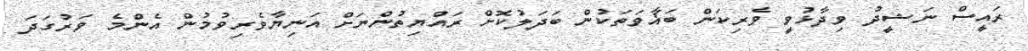
ރައީސް ނަޝީދު ވިދާޅުވީ ވެރިކަން ބަޣާވަތަކުން ބަދަލުކޮށް ރައްޔިތުންނަށް އަނިޔާވެރިވުމުން އެންމެ ވަރުގަދަ